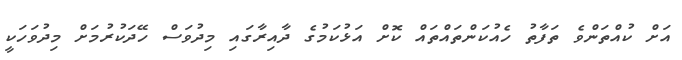
އަށް ކުއްތަންވެ ތަފާތު ހެއުކަންތައްތައް ކޮށް އަޅުކަމުގެ ދާއިރާގައި މިދުވަސް ހޭދަކުރުމަށް މިދުވަހަކީ